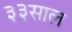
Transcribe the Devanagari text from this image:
३३साल